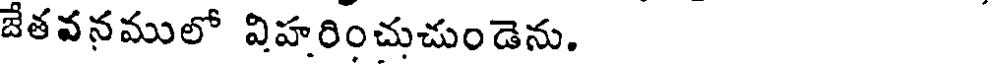
జేతవనములో విహరించుచుండెను.